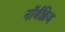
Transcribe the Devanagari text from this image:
नॉर्थब्रिज